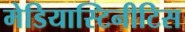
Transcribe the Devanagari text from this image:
मेडियास्टिनीटिस